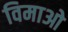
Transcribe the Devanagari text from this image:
विमाओ